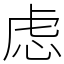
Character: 虑